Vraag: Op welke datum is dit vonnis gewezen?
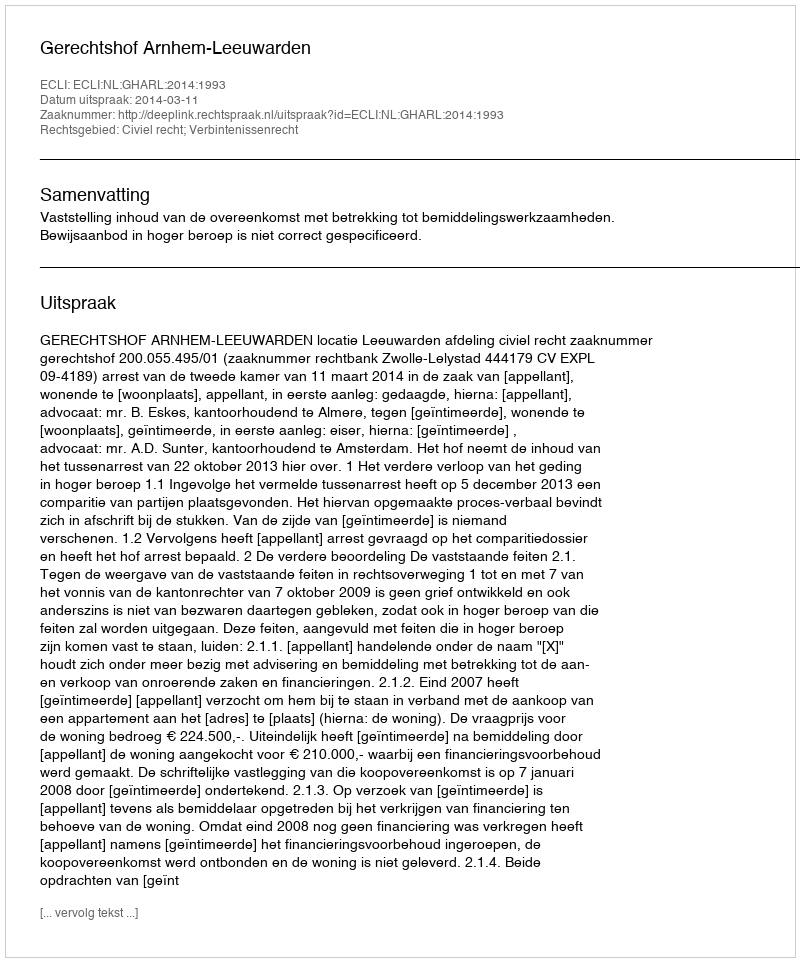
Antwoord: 2014-03-11